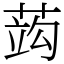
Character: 𦵑